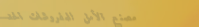
مصنع الأمل للمفروشات الحد